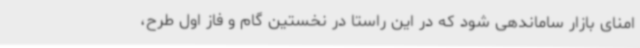
امنای بازار ساماندهی شود که در این راستا در نخستین گام و فاز اول طرح،